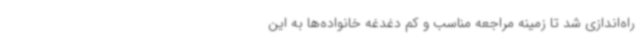
راه‌اندازی شد تا زمینه مراجعه مناسب و کم دغدغه خانواده‌ها به این